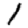
Digit: 1